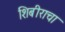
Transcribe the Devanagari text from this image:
शिबीराचा